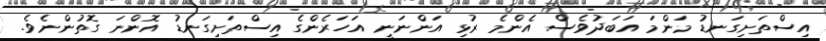
އިސްތަށިގަނޑު މަންމަ އަބަދުވެސް އެންމެ ރުޅި އަންނަނީ އަހަރެންގެ އިސްތަށިގަނޑު އޮންނަ ގޮތުންނެވެ.